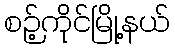
စဉ့်ကိုင်မြို့နယ်